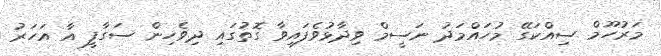
މަރުހޫމް ސިއްކަގޭ މުހައްމަދު ނަސީމް ވިދާޅުވެފައިވާ ގޮތުގައި ދިވެހިން ސަގާފީ އާ އަހަރު